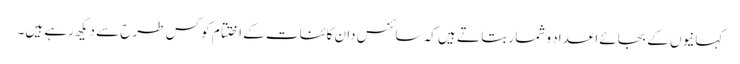
کہانیوں کے بجائے اعداد و شمار بتا تے ہیں کہ سائنس دان کائنات کے اختتام کو کس طرح سے دیکھ رہے ہیں۔